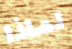
لماذا